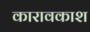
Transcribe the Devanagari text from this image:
कारावकाश